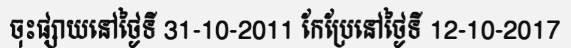
ចុះផ្សាយនៅថ្ងៃទី 31-10-2011 កែប្រែនៅថ្ងៃទី 12-10-2017